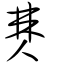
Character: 僰